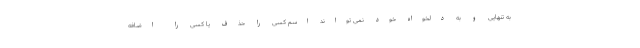
به تنهایی و به دلخواه خود نمی تواند اسم کسی را حذف یا کسی را اضافه